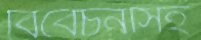
বিবেচনাসহ